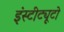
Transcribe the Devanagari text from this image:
इंस्टीट्यूटो